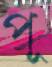
পূ